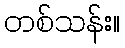
တစ်သန်း။